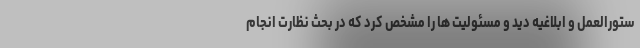
ستورالعمل و ابلاغیه دید و مسئولیت ها را مشخص کرد که در بحث نظارت انجام